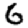
Digit: 6